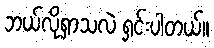
ဘယ်လိုရှာသလဲ ရှင်းပါတယ်။